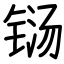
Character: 铴